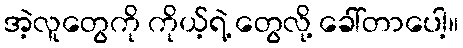
အဲ့လူတွေကို ကိုယ့်ရဲ့ တွေလို့ ခေါ်တာပေါ့။